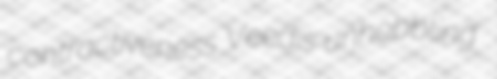
contractiveness Veedis unhobbling